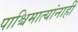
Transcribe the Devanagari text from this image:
पाश्चिमात्यांनाही